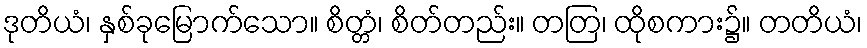
ဒုတိယံ၊ နှစ်ခုမြောက်သော။ စိတ္တံ၊ စိတ်တည်း။ တတြ၊ ထိုစကား၌။ တတိယံ၊